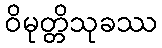
ဝိမုတ္တိသုခဿ